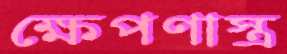
ক্ষেপণাস্ত্র